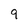
Character: 9